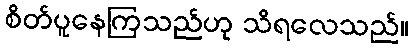
စိတ်ပူနေကြသည်ဟု သိရလေသည်။